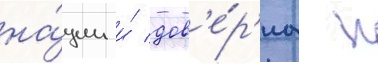
на́ции и́ дов'е́р'иа к